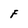
Character: F